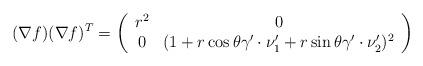
LaTeX: \begin{align*}( \nabla f) (\nabla f)^T= \left(\begin{array}{cc}r^2 & 0 \\0& (1 + r\cos \theta \gamma'\cdot \nu_1' + r\sin \theta \gamma'\cdot \nu_2')^2\end{array}\right)\end{align*}